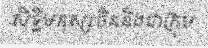
សិទ្ធិមនុស្សចិននិងជាក្រុម